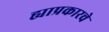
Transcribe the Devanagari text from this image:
ह्याप्रकारचे